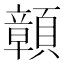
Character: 𩕆